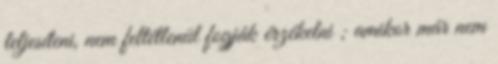
teljesíteni, nem feltétlenül fogják érzékelni ; amikor már nem